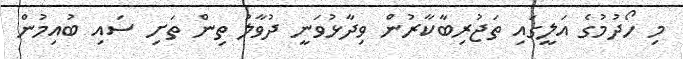
މި ހޯދުމުގެ އަލީގައި ތަޖުރިބާކާރުން ވިދާޅުވަނީ ދުވާލު ތިން ތަށި ސައި ބުއިމުން